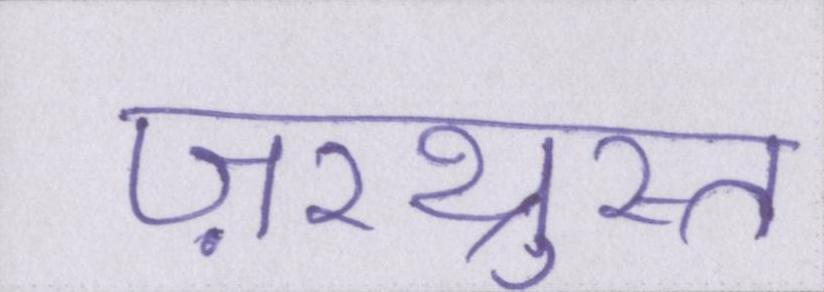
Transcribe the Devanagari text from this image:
ज़रथ्रुस्त